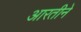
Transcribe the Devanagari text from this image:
आरतीने